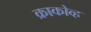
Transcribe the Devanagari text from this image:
क्राकोव्ह